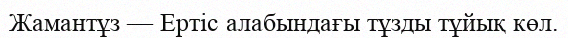
Жамантұз — Ертіс алабындағы тұзды тұйық көл.